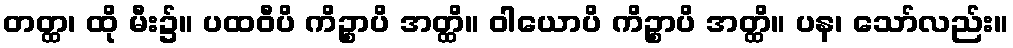
တတ္ထ၊ ထို မီး၌။ ပထဝီပိ ကိဉ္စာပိ အတ္ထိ။ ဝါယောပိ ကိဉ္စာပိ အတ္ထိ။ ပန၊ သော်လည်း။